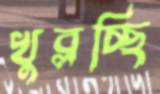
খুব্‌লচ্ছি